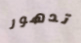
تدهور